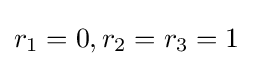
r_{1}=0,r_{2}=r_{3}=1